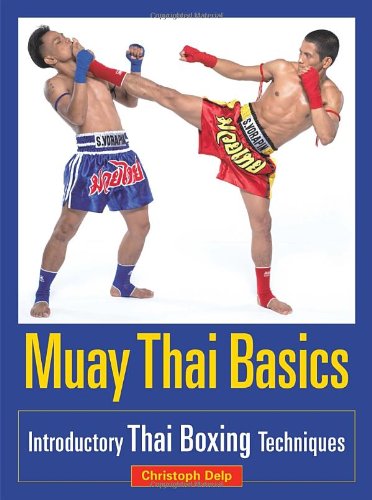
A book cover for Muay Thai Basics: Introductory Thai Boxing Techniques; Christoph Delp; Sports & Outdoors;